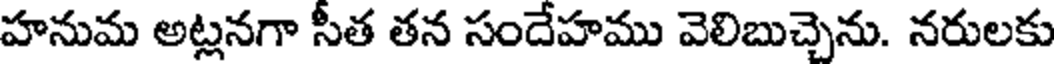
హనుమ అట్లనగా సీత తన సందేహము వెలిబుచ్చెను. నరులకు